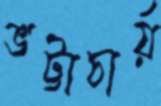
ভট্টাচার্য়